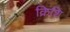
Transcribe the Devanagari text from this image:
क्रिशि